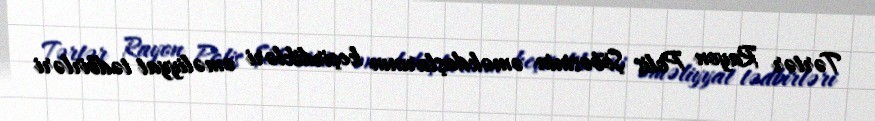
Tərtər Rayon Polis Şöbəsinin əməkdaşlarının keçirdikləri əməliyyat tədbirləri